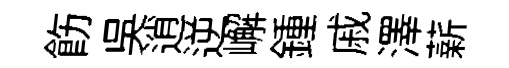
飭吳逍逆嶰鍾戚澤薪